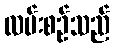
လမ်းစဉ်သည်